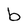
Character: b